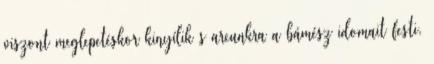
viszont meglepetéskor kinyílik s arcunkra a bámész idomait festi.